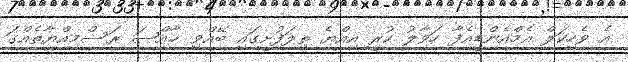
އެ ވެހިކަލް އެމްއެންޑީއެފާ ހަވާލު ކުރީ އިއްޔެ ތިލަފުށީގައި ބޭއްވި ޚާއްޞަ ރަސްމިއްޔާތެއްގަ